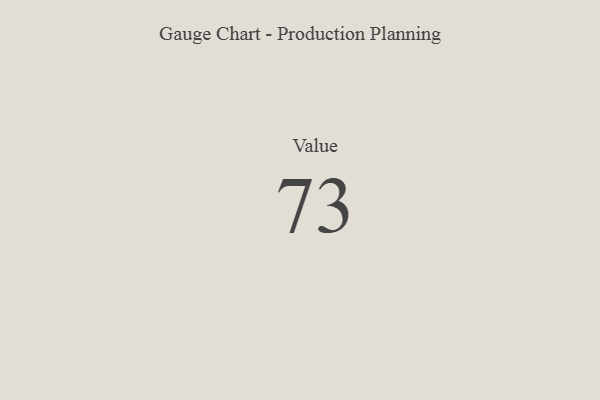
{"axis": {"x": "Metric", "y": "Value"}, "legend": [""], "data": [{"x": "Value", "y": 73, "type": ""}]}